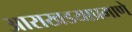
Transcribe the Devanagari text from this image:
आराखडयाप्रमाणे